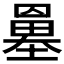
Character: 𡒀